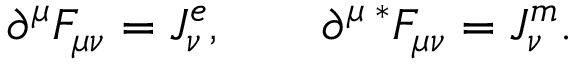
\partial ^ { \mu } F _ { \mu \nu } = J _ { \nu } ^ { e } , ~ ~ ~ ~ ~ ~ \partial ^ { \mu } \, { ^ \ast } F _ { \mu \nu } = J _ { \nu } ^ { m } .